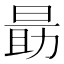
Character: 𬀼